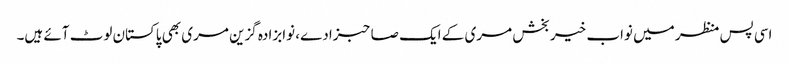
اسی پس منظر میں نواب خیر بخش مری کے ایک صاحبزادے، نوابزادہ گزین مری بھی پاکستان لوٹ آئے ہیں۔